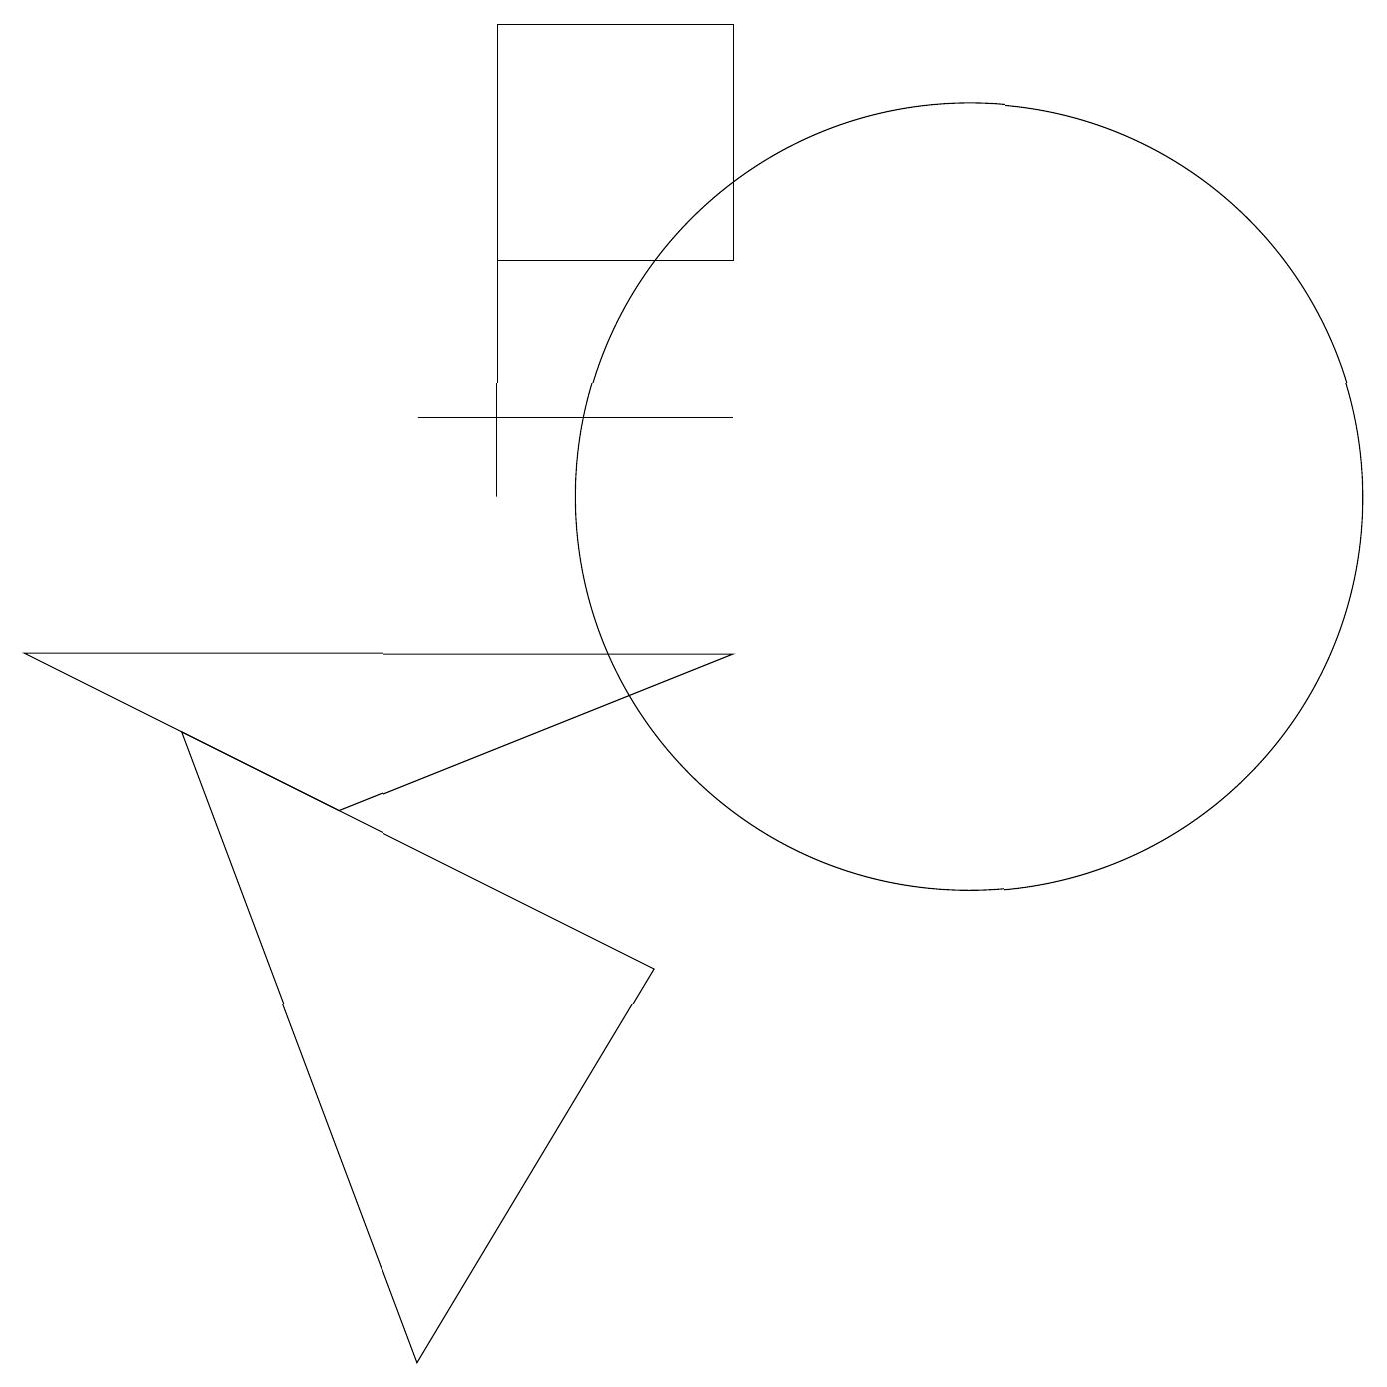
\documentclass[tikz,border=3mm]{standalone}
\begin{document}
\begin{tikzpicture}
\draw (5,12) rectangle (9,12);
\draw (4,7) -- (0,9) -- (9,9) -- cycle;
\draw (9,17) rectangle (6,14);
\draw (6,11) rectangle (6,15);
\draw (12,11) circle (5);
\draw (8,5) -- (5,0) -- (2,8) -- cycle;
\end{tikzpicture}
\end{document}